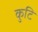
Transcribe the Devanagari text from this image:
कुटि